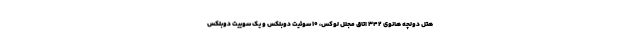
هتل دولچه هانوی 342 اتاق مجلل لوکس، 10 سوئیت دوبلکس و یک سوییت دوبلکس